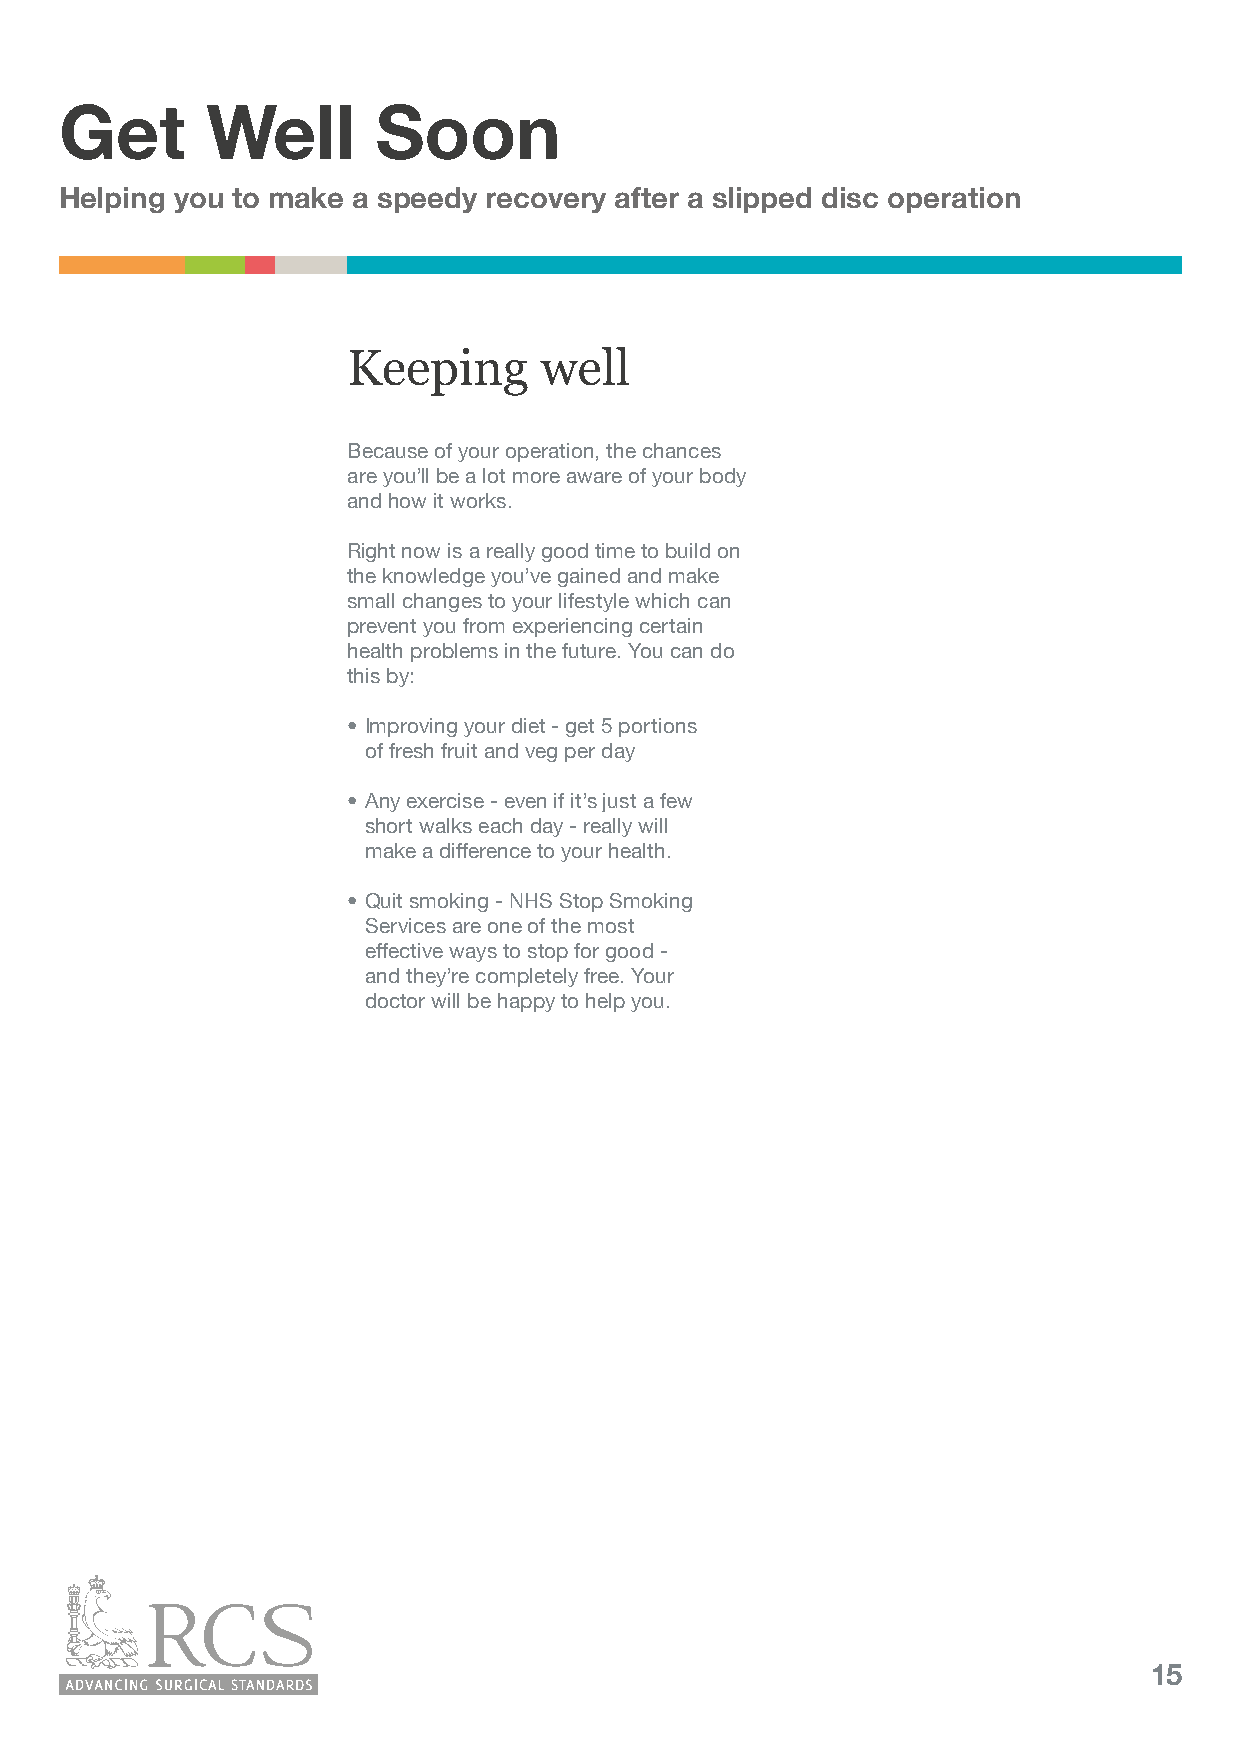
Get       Well       Soon
 Helping you to make a speedy recovery after a slipped disc operation
 Keeping      well
 Because of your operation, the chances
 are you’ll be a lot more aware of your body
 and how it works.
 Right now is a really good time to build on
 the knowledge you’ve gained and make
 small changes to your lifestyle which can
 prevent you from experiencing certain
 health problems in the future. You can do
 this by:
 • Improving your diet - get 5 portions
 of fresh fruit and veg per day
 • Any exercise - even if it’s just a few
 short walks each day - really will
 make a difference to your health.
 • Quit smoking - NHS Stop Smoking
 Services are one of the most
 effective ways to stop for good -
 and they’re completely free. Your
 doctor will be happy to help you.
 15